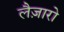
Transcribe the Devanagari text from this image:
लैज़ारो